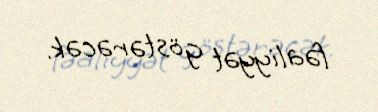
fəaliyyət göstərəcək.